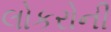
લોકરોની